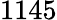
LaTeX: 1145